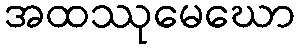
အထဿုမေဃော